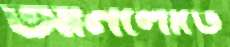
আনলোডে